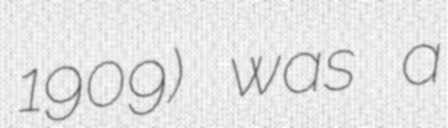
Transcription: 1909) was a